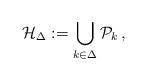
LaTeX: \begin{align*}\mathcal{H}_{\Delta}:=\bigcup_{k\in \Delta}\mathcal{P}_k\,,\end{align*}